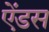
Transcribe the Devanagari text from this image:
ऐंडस